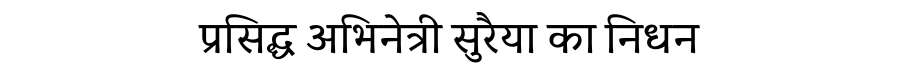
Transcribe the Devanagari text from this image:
प्रसिद्ध अभिनेत्री सुरैया का निधन